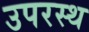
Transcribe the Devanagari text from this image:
उपरस्थ